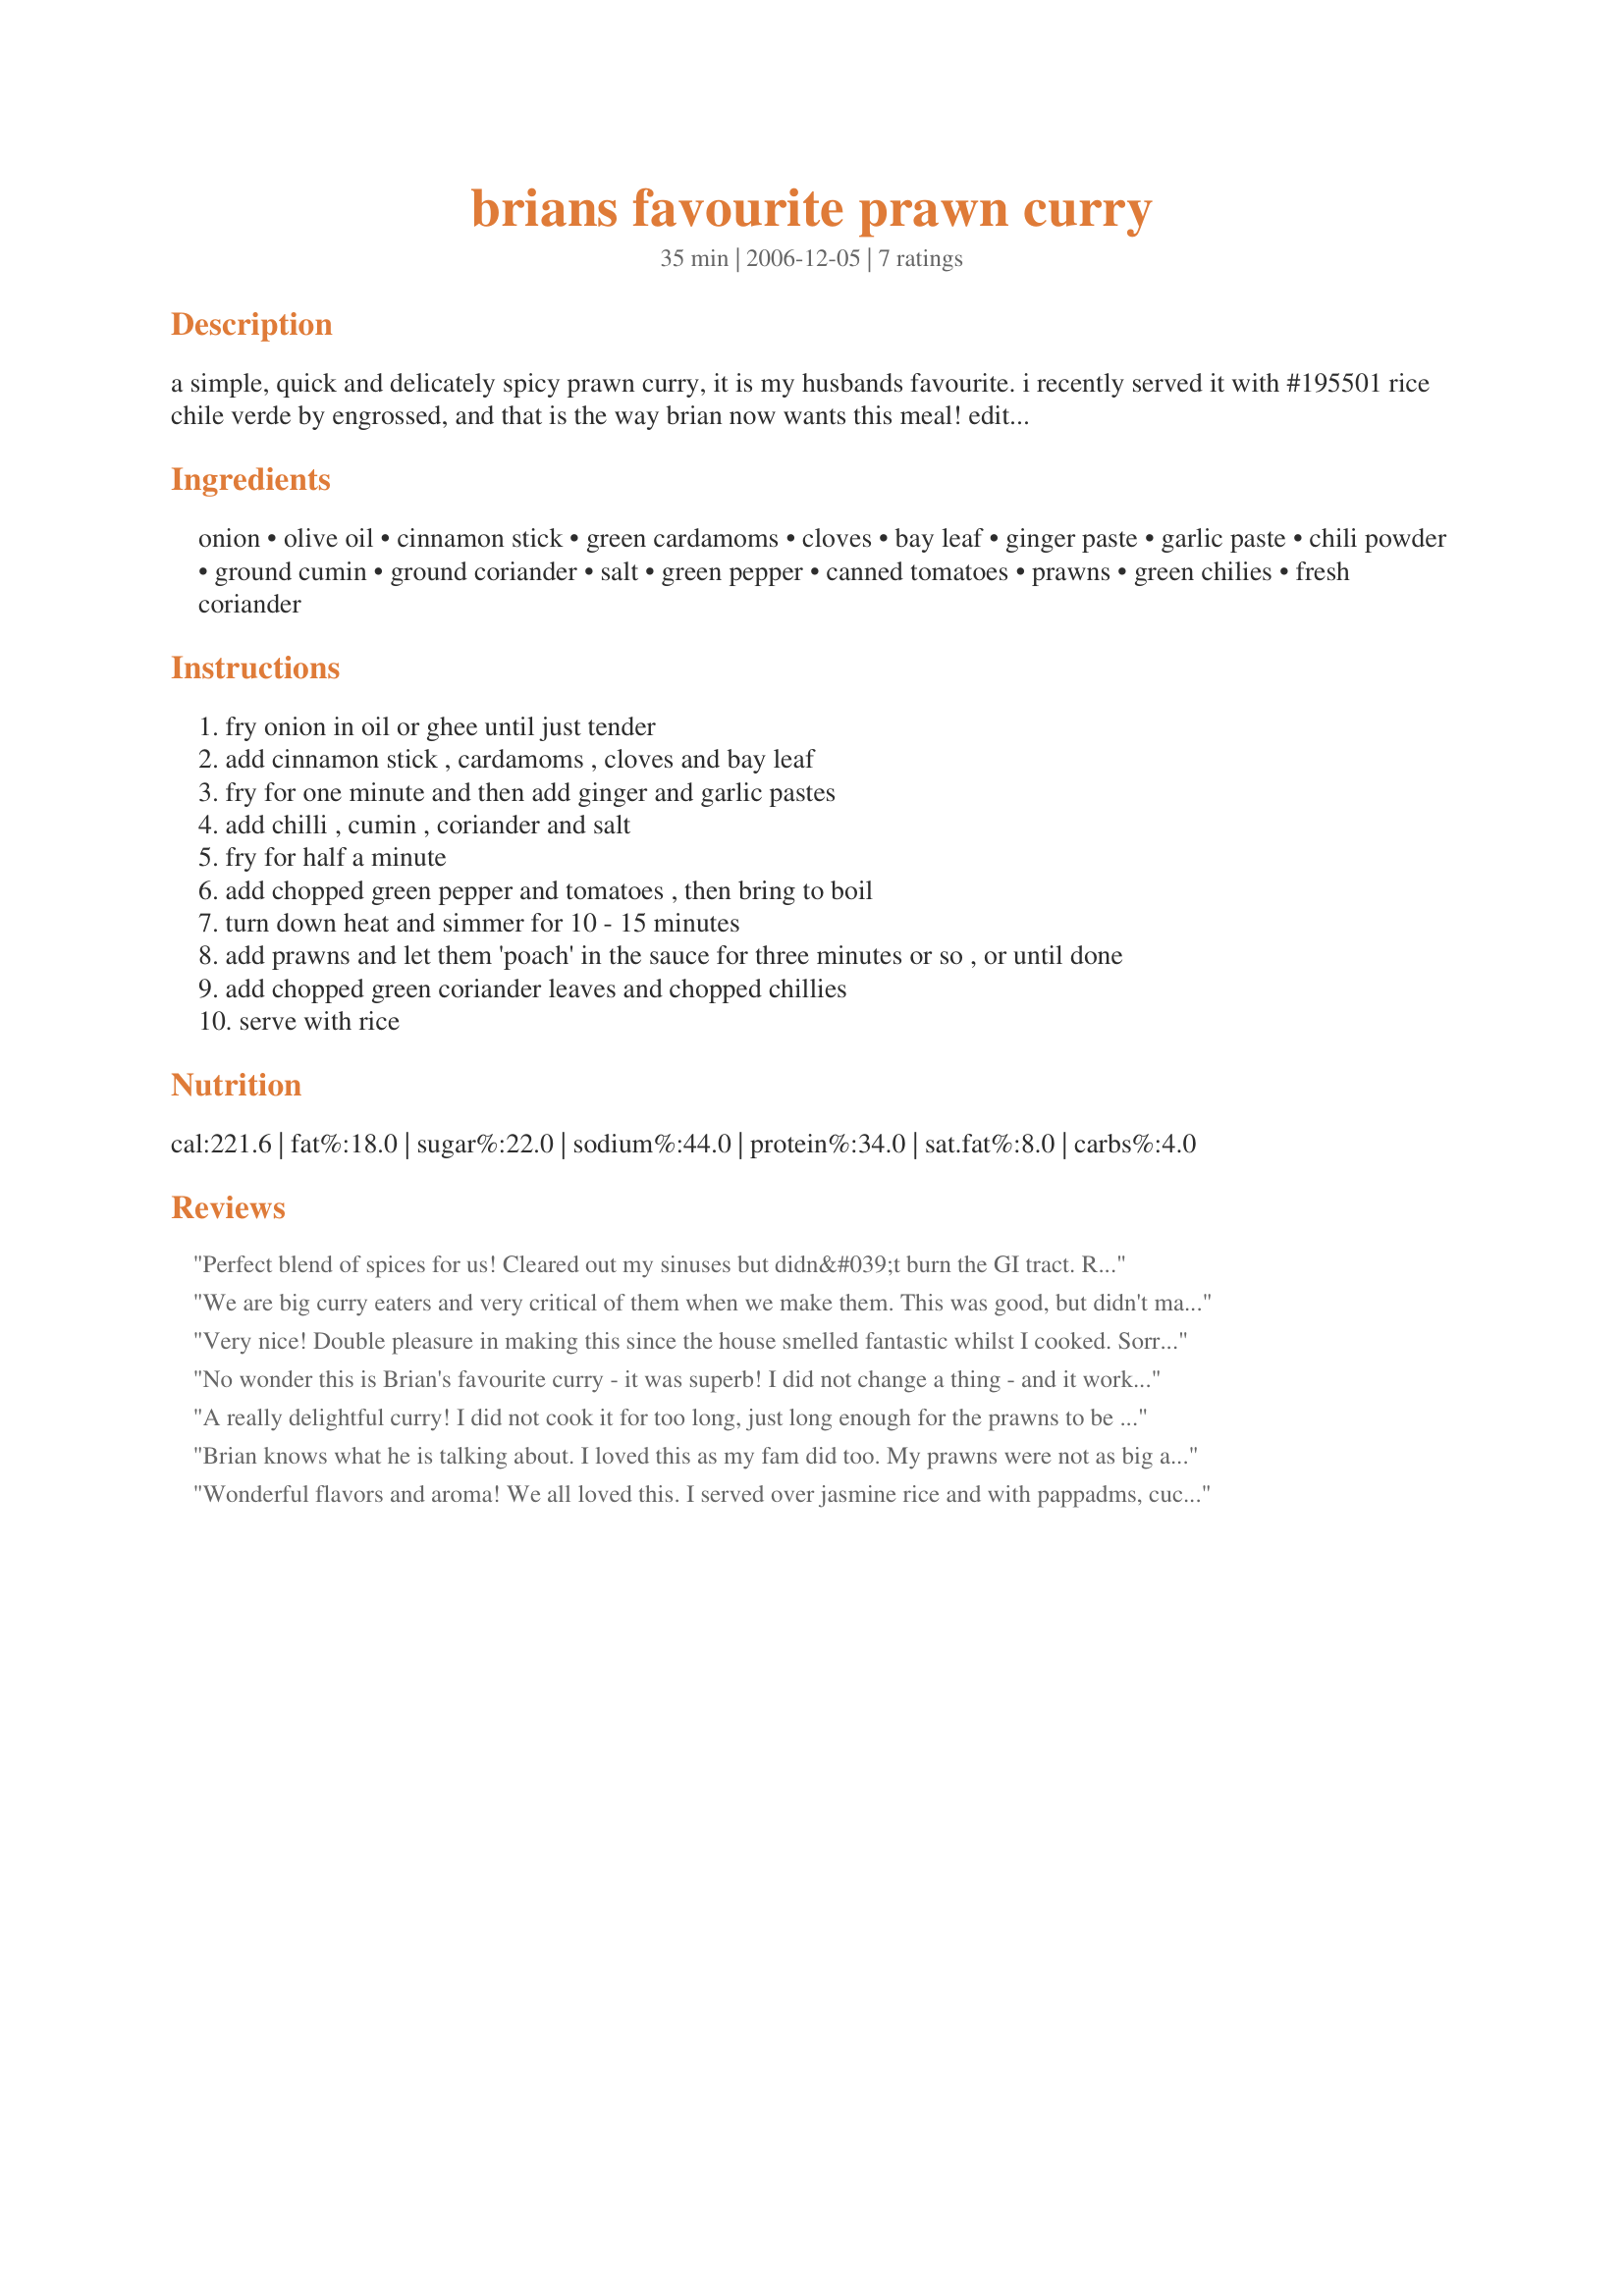
brians favourite prawn curry
Preparation time: 35 minutes

a simple, quick and delicately spicy prawn curry, it is my husbands favourite. i recently served it with #195501 rice chile verde by engrossed, and that is the way brian now wants this meal!
edited to add : thank you to jan for pointing out that the cooking instructions for the prawns were way out! i've corrected this, sorry about that! :d

Ingredients:
onion, olive oil, cinnamon stick, green cardamoms, cloves, bay leaf, ginger paste, garlic paste, chili powder, ground cumin, ground coriander, salt, green pepper, canned tomatoes, prawns, green chilies, fresh coriander

Steps:
fry onion in oil or ghee until just tender
add cinnamon stick , cardamoms , cloves and bay leaf
fry for one minute and then add ginger and garlic pastes
add chilli , cumin , coriander and salt
fry for half a minute
add chopped green pepper and tomatoes , then bring to boil
turn down heat and simmer for 10 - 15 minutes
add prawns and let them 'poach' in the sauce for three minutes or so , or until done
add chopped green coriander leaves and chopped chillies
serve with rice

Reviews:
Perfect blend of spices for us! Cleared out my sinuses but didn&#039;t burn the GI tract. Recipe could be improved by specifying which items should be removed prior to serving. I vote for the bay leaf, the cinnamon stick and the cloves. Apparently I ate the green cardamoms with no issues. Made half a recipe for me. My small saut&eacute; pan was too small to finish this dish, causing extra time to &quot;poach&quot; the shrimp. Brava! Made for Please Review My Recipe tag game.
We are big curry eaters and very critical of them when we make them. This was good, but didn't make either of us go WOW! I could never cook a prawn for 10-15 minutes, so made the sauce, simmered it for 15 minutes, then added in the prawns and green pepper (mine was actually red) for 3 minutes. Both were cooked perfectly for our tastes. After I tasted the finished sauce, I thought it was "too tomatoey" and added 3/4 cup of light cocnut cream which cut it and pleased us.
Very nice! Double pleasure in making this since the house smelled fantastic whilst I cooked. Sorry, can't add much to what's been already been said; this is a superb mild curry. We served with white rice. Thanks for sharing Karen (and Brian)!
No wonder this is Brian's favourite curry - it was superb! I did not change a thing - and it worked out perfectly! I had some jumbo prawns to use for this recipe - and they were great - succulent and juicy! I actually only had my prawns in for 6-8 minutes, I don't like it when they are rubbery - they cooked in 5 minutes probably, but I kept them in for about 6-8 minutes. We ate this with my Safron Rice and we also had assorted sambals with it - it was AB FAB! Thanks Karen for a real winner! FT:-)
A really delightful curry! I did not cook it for too long, just long enough for the prawns to be cooked through, thanks so much for posting, this will definately be on my list to use again
Brian knows what he is talking about. I loved this as my fam did too. My prawns were not as big as "FT's" however; they were juicy and were a perfect fit for the curry, tomato, green peppers, and all the wonderful spices. The sauce is such a lovely taste of all these spices combined, and I totally loved the cinnamon in this. (I used a good pinch of cinnamon) since I didn't have a stick. I used fresh coriander, garlic, and ginger too, instead of dried. A beautiful dish to devour both in presentation and in taste!
Thanks Karen! Made for *Potluck* tag game. Fall 2008
Wonderful flavors and aroma! We all loved this. I served over jasmine rice and with pappadms, cucumber raita, and assorted pickles. Yum! Will have this many times to come. Thanks for sharing, KE!
